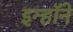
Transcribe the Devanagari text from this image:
इन्हॉने